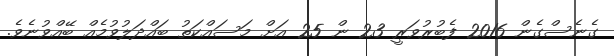
ގެނެސްގެން 2016 ފެބުރުވަރީ 23 ން 25 އަށް މަސައްކަތު ބައްދަލުވުމެއް ބޭއްވުނެވެ.